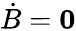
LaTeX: {\dot{B}}={\mathbf 0}